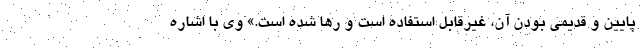
پایین و قدیمی بودن آن، غیرقابل استفاده است و رها شده است.» وی با اشاره